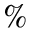
\%